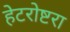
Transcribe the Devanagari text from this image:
हेटरोष्टरा